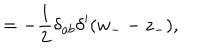
LaTeX: \hspace { 0 . 9 c m } = - \frac 1 2 \delta _ { a b } \delta ^ { \prime } ( w _ { - } - z _ { - } ) ,